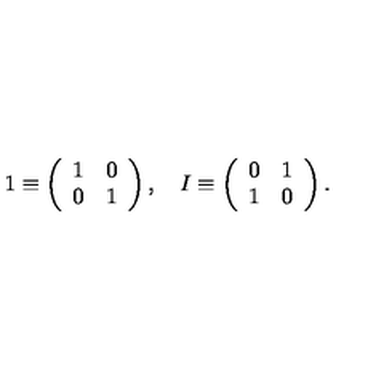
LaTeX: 1 \equiv \left( \begin{array} { c c } { 1 } & { 0 } \\ { 0 } & { 1 } \\ \end{array} \right) , \quad I \equiv \left( \begin{array} { c c } { 0 } & { 1 } \\ { 1 } & { 0 } \\ \end{array} \right) .